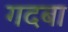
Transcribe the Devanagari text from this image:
गदबा